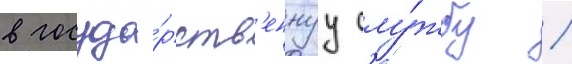
в госуда́рств'еннуу слу́жбу /